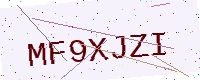
Text: MF9XJZI